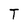
Character: T